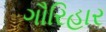
ગૌરિહાર